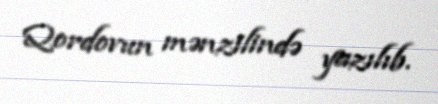
Qordovun mənzilində yazılıb.